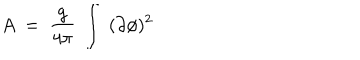
A ~ = ~ { \frac { g } { 4 \pi } } ~ \int ~ ( \partial \phi ) ^ { 2 }